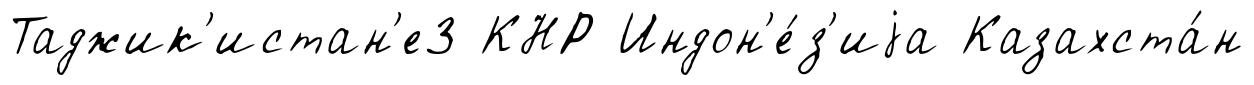
Таджик'истан'е3 КНР Индон'е́з'иjа Казахста́н